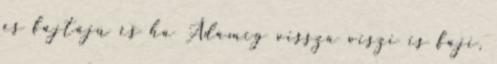
és fajtájú és ha Ádámig vissza viszi is faji,